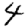
Digit: 4